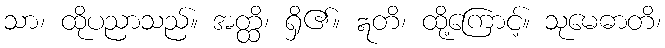
သာ၊ ထိုပညာသည်။ အတ္ထိ၊ ရှိ၏။ ဣတိ၊ ထို့ကြောင့်။ သုမေဓာတိ၊